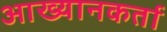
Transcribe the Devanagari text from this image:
आख्यानकर्ता